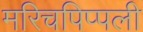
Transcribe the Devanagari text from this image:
मरिचपिप्पली